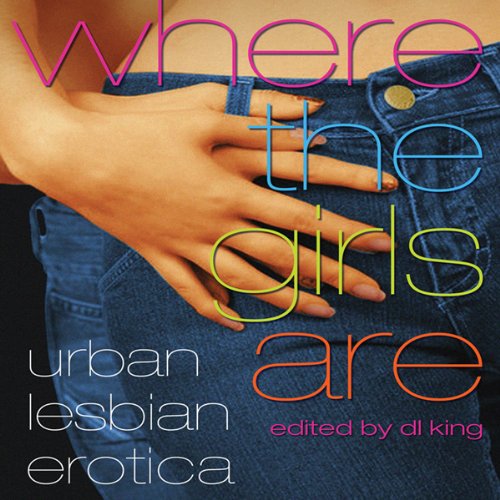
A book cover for Where the Girls Are: Urban Lesbian Erotica; D. L. King; Romance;